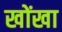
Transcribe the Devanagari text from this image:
खोंखा